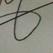
Signature authenticity: genuine